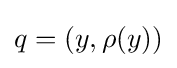
q=(y,\rho (y))